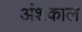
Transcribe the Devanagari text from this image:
अंशकाल